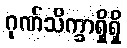
ဂုဏ်သိက္ခာရှိရှိ